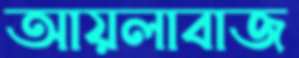
আয়লাবাজ